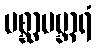
ပစ္ဆာပဗ္ဘာရံ